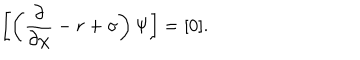
LaTeX: \left[ \left( \frac { \partial } { \partial \chi } - r + \sigma \right) \Psi \right] = [ 0 ] .